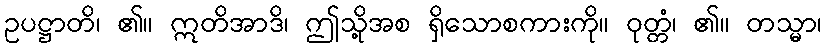
ဥပဋ္ဌာတိ၊ ၏။ ဣတိအာဒိ၊ ဤသို့အစ ရှိသောစကားကို။ ဝုတ္တံ၊ ၏။ တသ္မာ၊